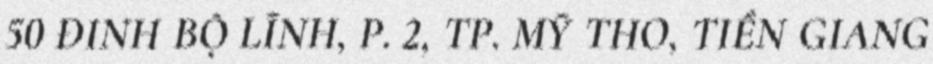
50 ĐINH BỘ LĨNH, P. 2, TP. MỸ THO, TIỀN GIANG